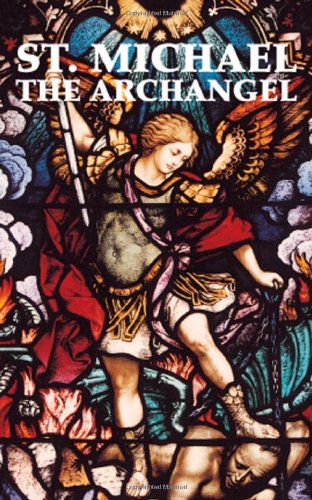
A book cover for St. Michael the Archangel; Adoration; Christian Books & Bibles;